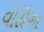
વોટૌગા